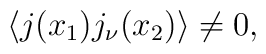
\langle j(x_1)j_\nu(x_2)\rangle\ne 0,